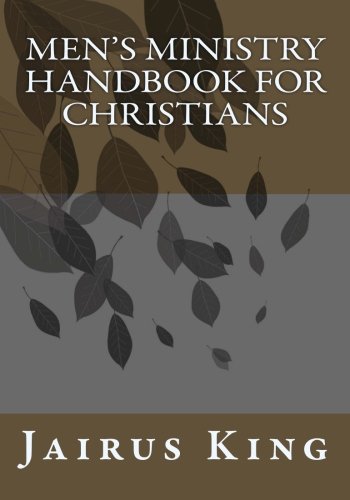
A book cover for Men's Ministry handbook for Christians; Jairus B King; Christian Books & Bibles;